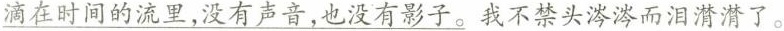
滴在时间的流里，没有声音，也没有影子。我不禁头涔涔而泪潸潸了。